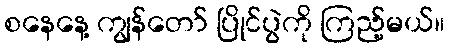
စနေနေ့ ကျွန်တော် ပြိုင်ပွဲကို ကြည့်မယ်။